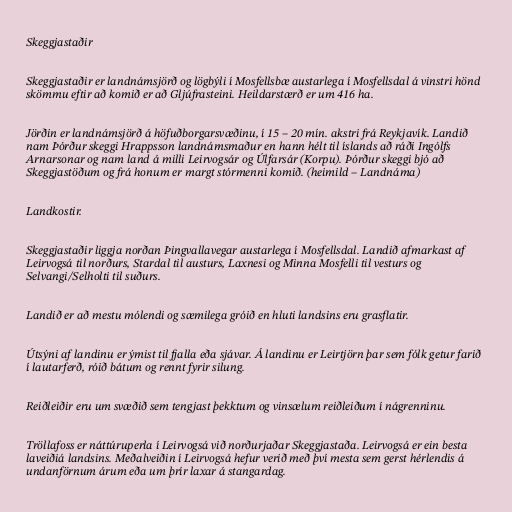
Skeggjastaðir

Skeggjastaðir er landnámsjörð og lögbýli í Mosfellsbæ austarlega í Mosfellsdal á vinstri hönd
skömmu eftir að komið er að Gljúfrasteini. Heildarstærð er um 416 ha.

Jörðin er landnámsjörð á höfuðborgarsvæðinu, í 15 – 20 mín. akstri frá Reykjavík. Landið
nam Þórður skeggi Hrappsson landnámsmaður en hann hélt til íslands að ráði Ingólfs
Arnarsonar og nam land á milli Leirvogsár og Úlfarsár (Korpu). Þórður skeggi bjó að
Skeggjastöðum og frá honum er margt stórmenni komið. (heimild – Landnáma)

Landkostir.

Skeggjastaðir liggja norðan Þingvallavegar austarlega í Mosfellsdal. Landið afmarkast af
Leirvogsá til norðurs, Stardal til austurs, Laxnesi og Minna Mosfelli til vesturs og
Selvangi/Selholti til suðurs.

Landið er að mestu mólendi og sæmilega gróið en hluti landsins eru grasflatir.

Útsýni af landinu er ýmist til fjalla eða sjávar. Á landinu er Leirtjörn þar sem fólk getur farið
í lautarferð, róið bátum og rennt fyrir silung.

Reiðleiðir eru um svæðið sem tengjast þekktum og vinsælum reiðleiðum í nágrenninu.

Tröllafoss er náttúruperla í Leirvogsá við norðurjaðar Skeggjastaða. Leirvogsá er ein besta
laveiðiá landsins. Meðalveiðin í Leirvogsá hefur verið með því mesta sem gerst hérlendis á
undanförnum árum eða um þrír laxar á stangardag.